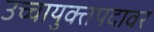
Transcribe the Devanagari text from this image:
उच्चायुक्तपदावर